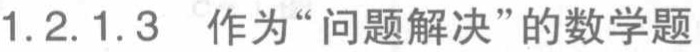
1.2.1.3 作为“问题解决”的数学题